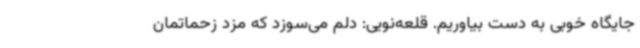
جایگاه خوبی به دست بیاوریم. قلعه‌نویی: دلم می‌سوزد که مزد زحماتمان